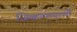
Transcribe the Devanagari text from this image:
जिव्हाळ्याची